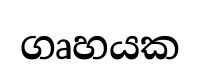
ගෘහයක